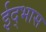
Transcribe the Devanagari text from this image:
ईद्भास